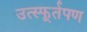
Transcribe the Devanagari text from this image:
उत्स्फूर्तपण